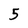
Character: 5